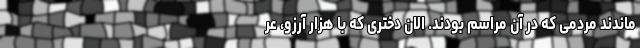
ماندند مردمی که در آن مراسم بودند. الان دختری که با هزار آرزو، عر